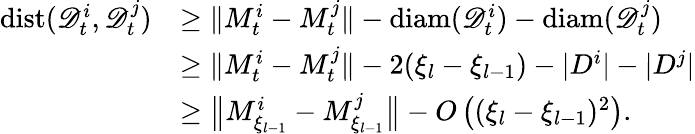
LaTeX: \begin{array}{rl}{\mathrm{dist}(\mathscr{D}_{t}^{i},\mathscr{D}_{t}^{j})}&{\geq\| M_{t}^{i}-M_{t}^{j}\| -\mathrm{diam}(\mathscr{D}_{t}^{i})-\mathrm{diam}(\mathscr{D}_{t}^{j})}\\ &{\geq\| M_{t}^{i}-M_{t}^{j}\| -2(\xi_{l}-\xi_{l-1})-|D^{i}|-|D^{j}|}\\ &{\geq\big\| M_{\xi_{l-1}}^{i}-M_{\xi_{l-1}}^{j}\big\| -O\left((\xi_{l}-\xi_{l-1})^{2}\right).}\end{array}